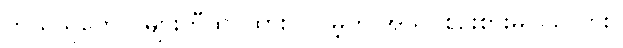
ဘယ်သူတွေကများတီထွင်ထားပါလိမ့်ဟု အသင်စဉ်းစားမိပါသလား။